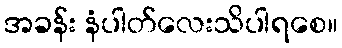
အခန်း နံပါတ်လေးသိပါရစေ။